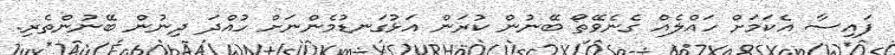
ފައިސާ އެކަމަށް ހައްލެއް ގެނެވޭތޯ ބޭނުން ކުރަން އަޅުގަނޑުމެންނަށް ހުއްދަ ދިނުން ބޭނުންތެރި.